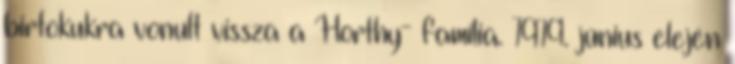
birtokukra vonult vissza a Horthy- família. 1919. június elején